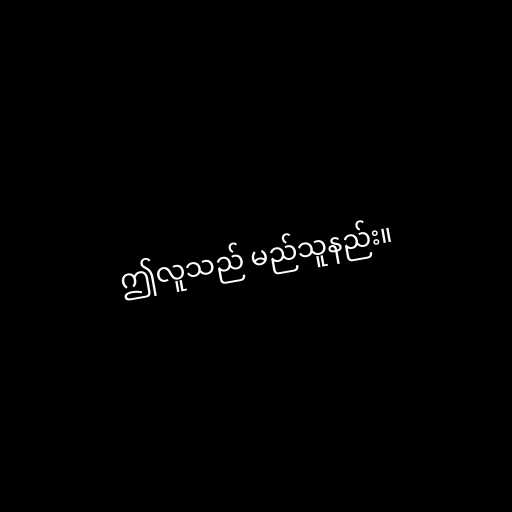
ဤလူသည် မည်သူနည်း။